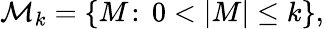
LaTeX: {\mathcal M}_{k}=\{ M\! :\, 0<|M|\le k\} ,